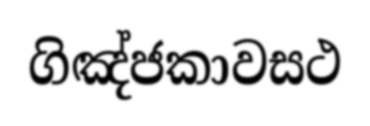
ගිඤ්ජකාවසථ